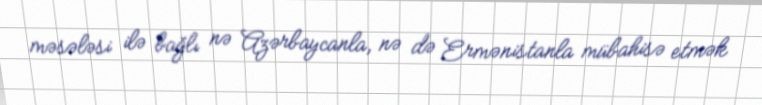
məsələsi ilə bağlı nə Azərbaycanla, nə də Ermənistanla mübahisə etmək